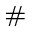
^ \#